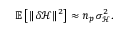
\mathbb { E } \left[ \lVert \delta \mathcal { H } \rVert ^ { 2 } \right] \approx n _ { p } \, \sigma _ { \mathcal { H } } ^ { 2 } .